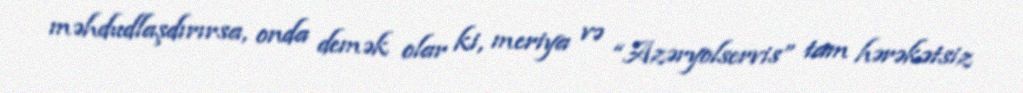
məhdudlaşdırırsa, onda demək olar ki, meriya və “Azəryolservis” tam hərəkətsiz